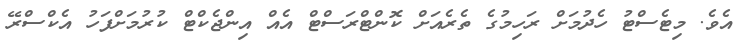
އެވެ. މިޓެސްޓު ހެދުމަށް ރަހިމުގެ ތެރެއަށް ކޮންޓްރަސްޓް އެއް އިންޖެކްޓް ކުރުމަށްފަހު އެކްސްރޭ